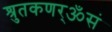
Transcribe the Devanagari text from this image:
श्रुतकणर्ॐसं